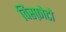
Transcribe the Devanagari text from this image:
विस्फ़ोटो